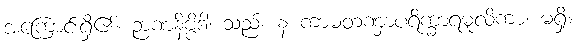
အကြောင်းရှိ၏။ ဉာဏနိဗ္ဗိဒါ၊ သည်။ န ကာမတဏှာပရိက္ခာရမူလိကာ၊ မရှိ။